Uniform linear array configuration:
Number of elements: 24
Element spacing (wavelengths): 0.5
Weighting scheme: hann
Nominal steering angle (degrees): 30
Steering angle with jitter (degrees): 31.308
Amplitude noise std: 0.05
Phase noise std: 0.05

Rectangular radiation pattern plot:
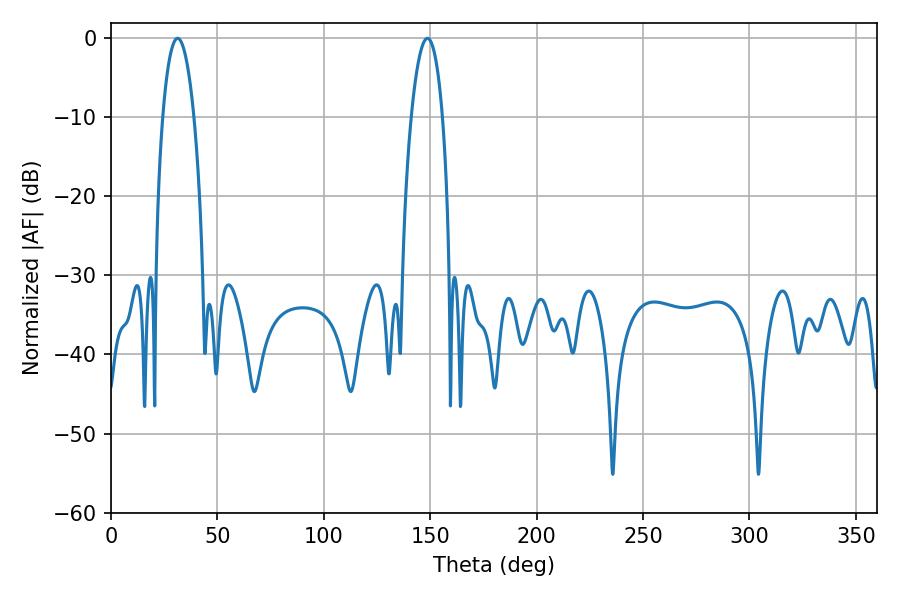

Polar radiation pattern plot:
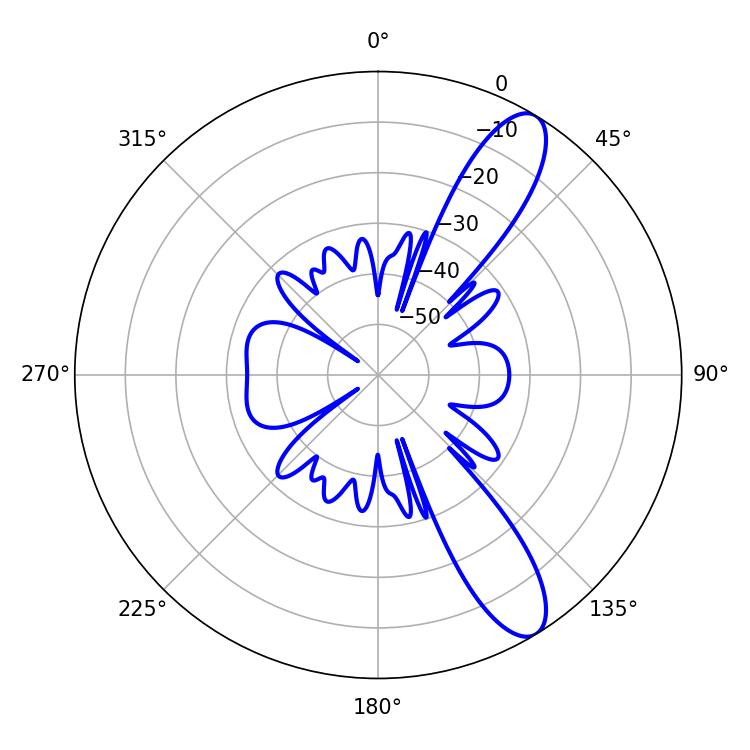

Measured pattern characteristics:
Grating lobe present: FALSE
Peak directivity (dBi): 10.997
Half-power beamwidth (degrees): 8.1
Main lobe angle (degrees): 31.32